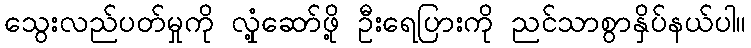
သွေးလည်ပတ်မှုကို လှုံ့ဆော်ဖို့ ဦးရေပြားကို ညင်သာစွာနှိပ်နယ်ပါ။